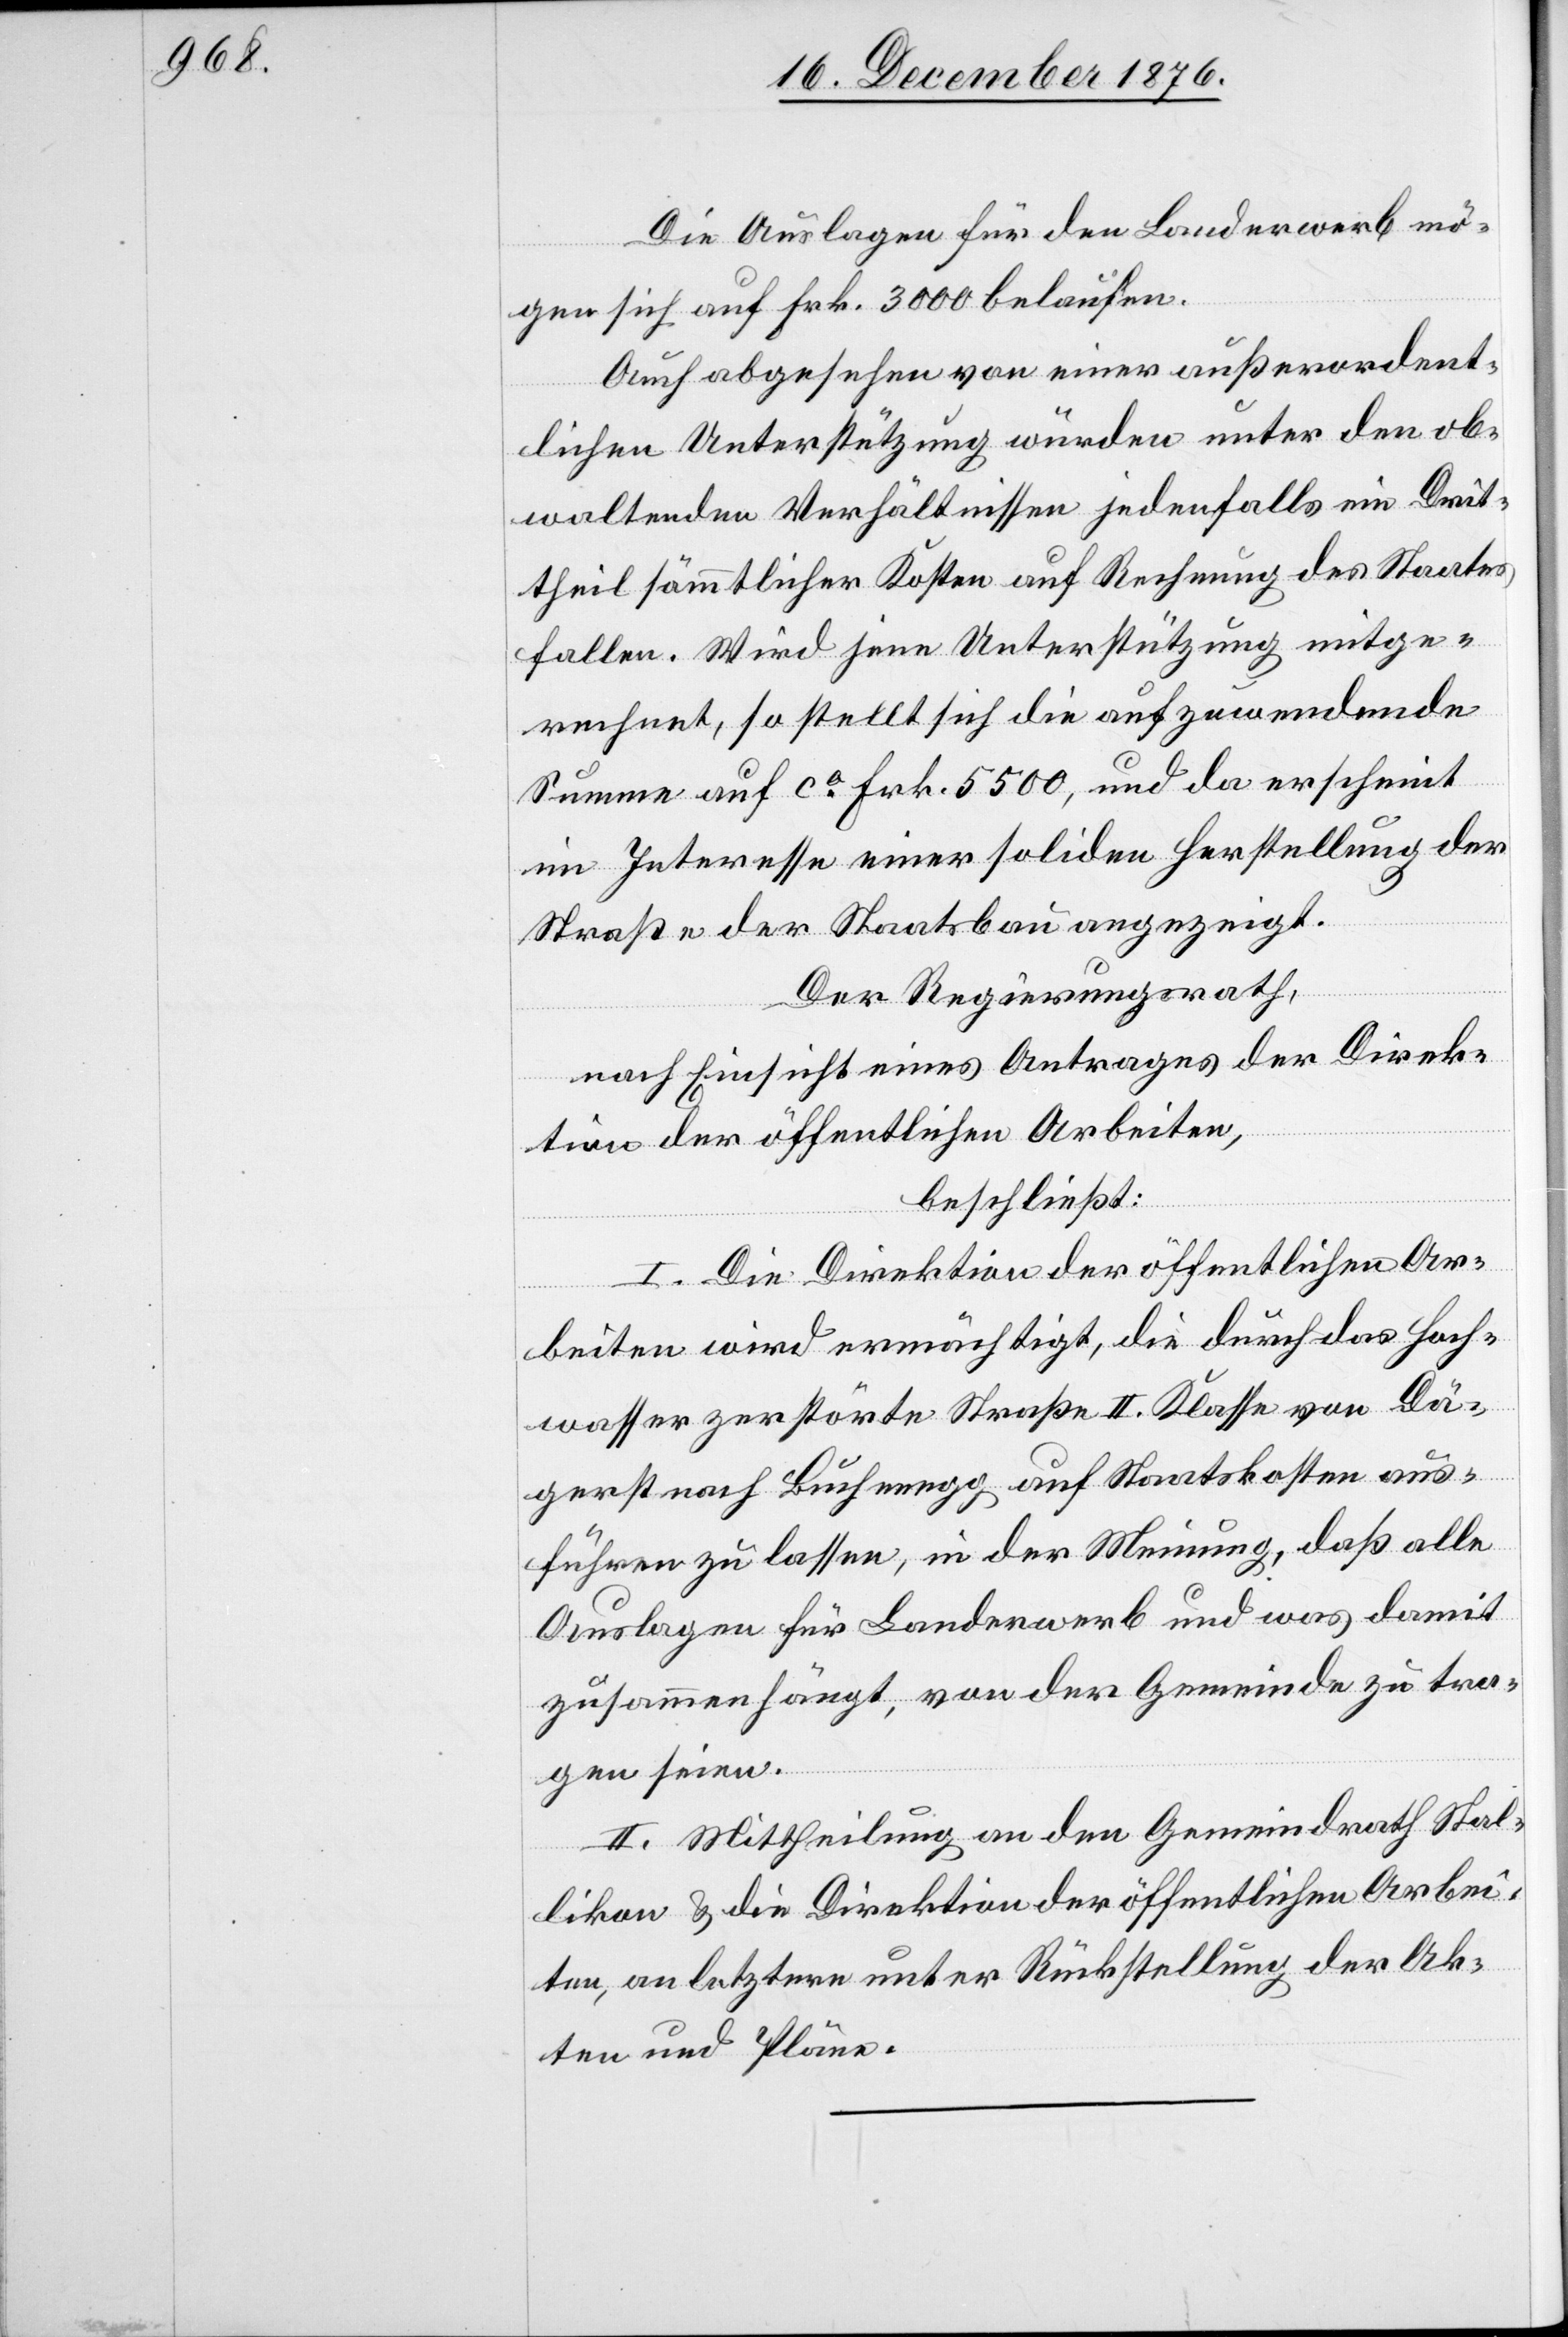
Die Auslagen für den Landerwerb mö¬
gen sich auf Frk. 3000 belaufen.
Auch abgesehen von einer außerordent¬
lichen Unterstützung würden unter den ob¬
waltenden Verhältnissen jedenfalls ein Drit¬
theil sämmtlicher Kosten auf Rechnung des Staates
fallen. Wird jene Unterstützung mitge¬
rechnet, so stellt sich die aufzuwendende
Summe auf ca Frk. 5500, und da erscheint
im Interesse einer soliden Herstellung der
Straße der Staatsbau angezeigt.
Der Regierungsrath,
nach Einsicht eines Antrages der Direk¬
tion der öffentlichen Arbeiten,
beschließt:
I. Die Direktion der öffentlichen Ar¬
beiten wird ermächtigt, die durch das Hoch¬
wasser zerstörte Straße II. Klasse von Dä¬
gerst nach Buchenegg auf Staatskosten aus¬
führen zu lassen, in der Meinung, daß alle
Auslagen für Landerwerb und was damit
zusammenhängt, von der Gemeinde zu tra¬
gen seien.
II. Mittheilung an den Gemeindrath Stal¬
likon & die Direktion der öffentlichen Arbei¬
ten, an letztere unter Rückstellung der Ak¬
ten und Pläne.